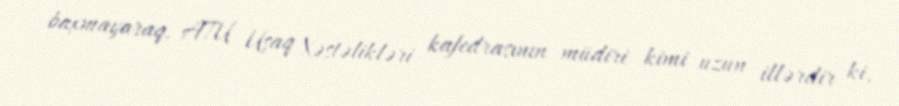
baxmayaraq, ATU Uşaq Xəstəlikləri kafedrasının müdiri kimi uzun illərdir ki,